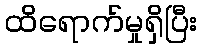
ထိရောက်မှုရှိပြီး